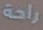
راحة